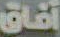
آفاق